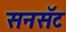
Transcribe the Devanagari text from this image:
सनसॅट